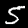
Label: 5